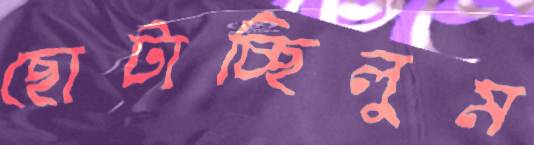
ছোটাচ্ছিলুম